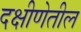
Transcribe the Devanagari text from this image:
दक्षीणेतील